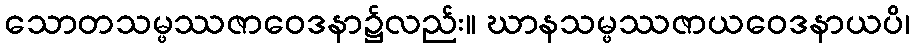
သောတသမ္ဖဿဇာဝေဒနာ၌လည်း။ ဃာနသမ္ဖဿဇာယဝေဒနာယပိ၊